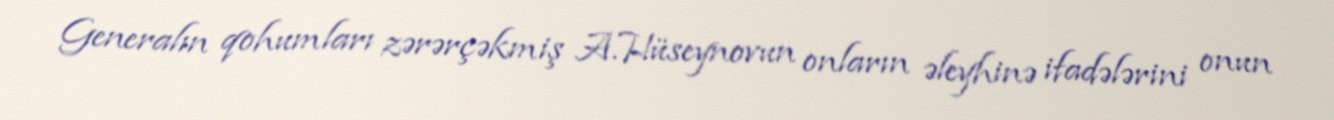
Generalın qohumları zərərçəkmiş A.Hüseynovun onların əleyhinə ifadələrini onun